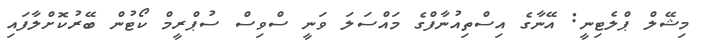
މިޝޭލް ޕްލެޓިނީ: އޭނާގެ އިސްތިއުނާފްގެ މައްސަލަ ވަނީ ސްވިސް ސުޕްރީމް ކޯޓުން ބޭރުކޮށްލާފައި